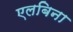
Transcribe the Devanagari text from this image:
एलबिना